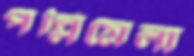
পল্লিমেলা